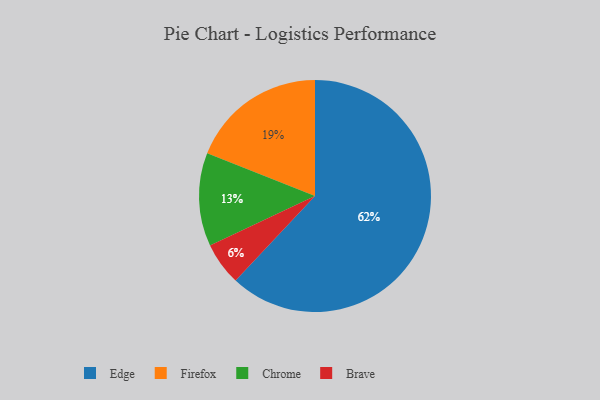
{"axis": {"x": "Category", "y": "Percentage"}, "legend": ["Brave", "Chrome", "Edge", "Firefox"], "data": [{"x": "Firefox", "y": 19, "type": "Firefox"}, {"x": "Brave", "y": 6, "type": "Brave"}, {"x": "Chrome", "y": 13, "type": "Chrome"}, {"x": "Edge", "y": 62, "type": "Edge"}]}